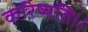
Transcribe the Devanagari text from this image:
करिष्यति।।